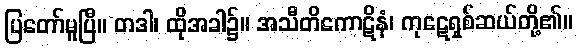
ပြတော်မူပြီ။ တဒါ၊ ထိုအခါ၌။ အသီတိကောဋိနံ၊ ကုဋေရှစ်ဆယ်တို့၏။